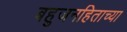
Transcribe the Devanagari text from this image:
बहुजनहिताच्या